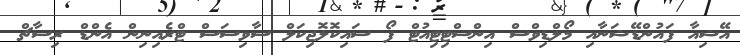
އޭޝިއާ ފައުންޑޭޝަނާއި މޯލްޑިވްސް އިންސްޓިޓިއުޓް ފޯ ސައިކޮލޮޖިކަލް ސާވިސަސް ޓްރެއިނިން އެންޑް ރިސާޗް